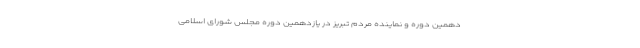
دهمین دوره و نماینده مردم تبریز در یازدهمین دوره مجلس شورای اسلامی